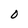
Character: O